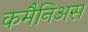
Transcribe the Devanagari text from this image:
कमैनिअस